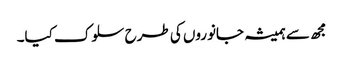
مجھ سے ہمیشہ جانوروں کی طرح سلوک کیا۔